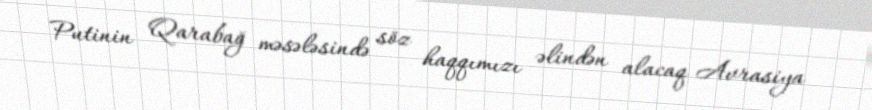
Putinin Qarabağ məsələsində söz haqqımızı əlindən alacaq Avrasiya